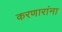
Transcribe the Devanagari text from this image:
करणारांना